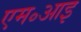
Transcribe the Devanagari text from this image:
एम॰आइ